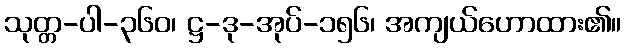
သုတ္တ-ပါ-၃၆၀၊ ဋ္ဌ-ဒု-အုပ်-၁၅၆၊ အကျယ်ဟောထား၏။